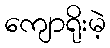
ကျောရိုးမဲ့